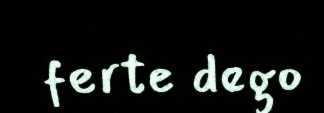
ferte dego